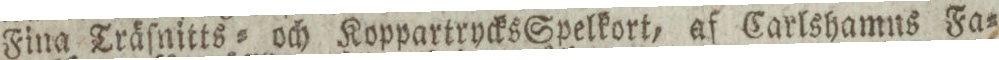
Fina Träſnitts= och Koppartrycks Spelkort, af Carlshamns Fa=